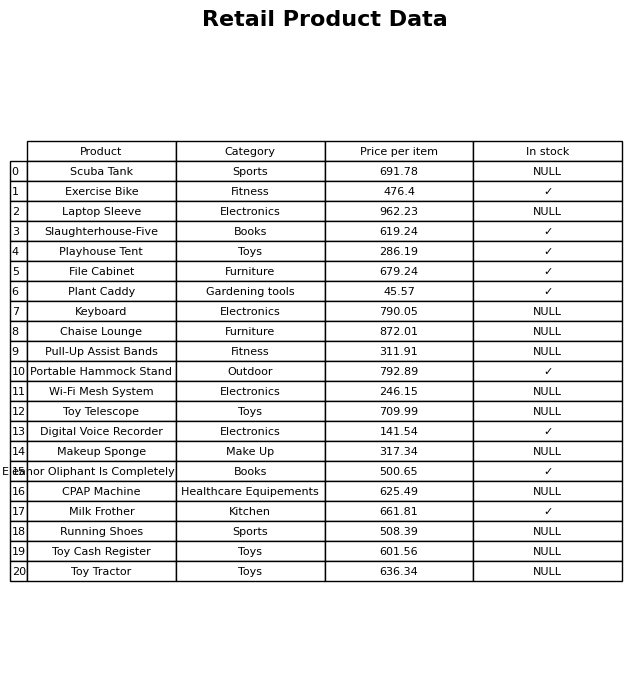
question: What is the price of the Exercise Bike?
answer: The price of Exercise Bike is 476.4.